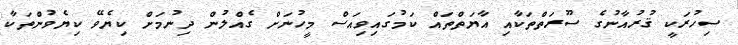
ސިހުރަކީ ޤުރުއާނުގެ ސޫރަތްތަކާއި އާޔަތްތައް ކަމުގައިވިއަސް މީހުނަށް ގެއްލުން ދިނުމަށް ކިޔެވޭ ކިޔެވުންތަކާ